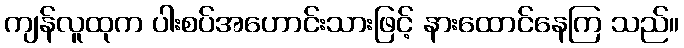
ကျန်လူထုက ပါးစပ်အဟောင်းသားဖြင့် နားထောင်နေကြ သည်။